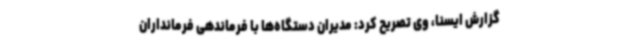
گزارش ایسنا، وی تصریح کرد: مدیران دستگاه‌ها با فرماندهی فرمانداران